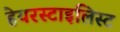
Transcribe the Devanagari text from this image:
हेयरस्टाइलिस्ट